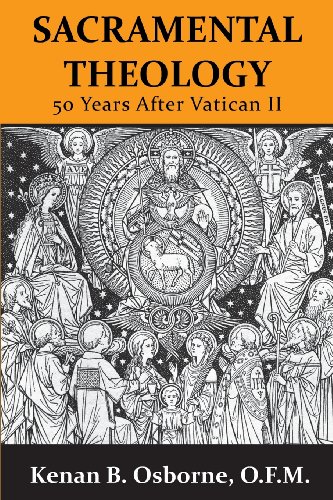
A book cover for Sacramental Theology: Fifty Years After Vatican II; O. F. M. Kenan B. Osborne; Christian Books & Bibles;